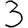
Digit: 3